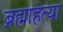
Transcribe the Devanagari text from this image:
ब्रह्माहत्या